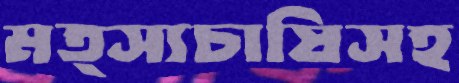
মত্স্যচাষিসহ